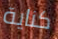
كناية